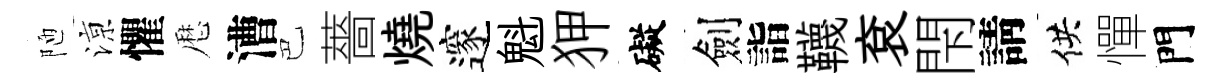
陋鿌懼厯漕巴薔燒邃魁狎礙劍詣韈袞閇請供憚門